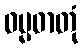
ဓမ္မဓာတုံ